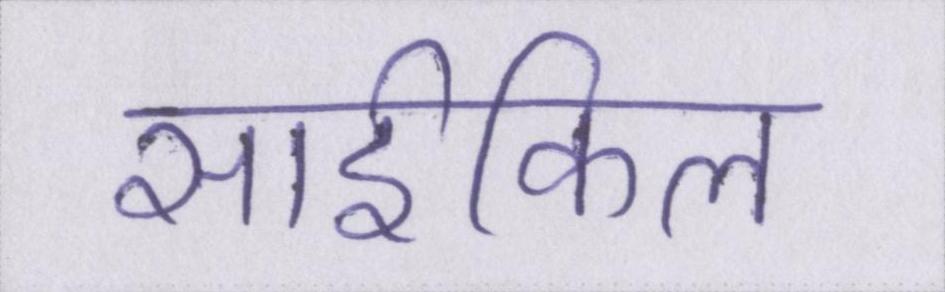
साईकिल